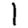
Digit: 1